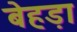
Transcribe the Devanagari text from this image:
बेहड़ा